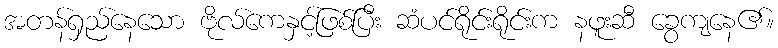
အတန်ရှည်နေသော ဗိုလ်ကေနှင့်ဖြစ်ပြီး ဆံပင်ရိုင်းရိုင်းက နဖူးဆီ ခွေကျနေ၏။